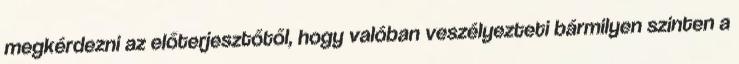
megkérdezni az előterjesztőtől, hogy valóban veszélyezteti bármilyen szinten a